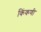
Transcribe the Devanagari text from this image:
किंकणी